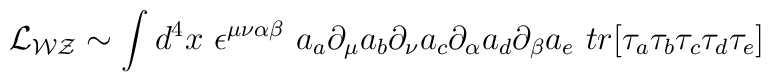
{\cal{L}_{WZ}}\sim \int d^4x~\epsilon^{\mu\nu\alpha\beta}~a_a \partial_\mu a_b \partial_\nu a_c \partial_\alpha a_d \partial_\beta a_e~tr[\tau_a \tau_b\tau_c \tau_d \tau_e]